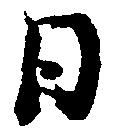
日